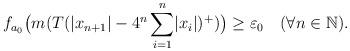
LaTeX: \begin{align*}f_{a_0}\big(m(T(\lvert x_{n+1}\rvert-4^n\sum\limits_{i=1}^{n}\lvert x_i\rvert)^+)\big)\geq\varepsilon_0 \ \ \ (\forall n\in \mathbb{N}).\end{align*}